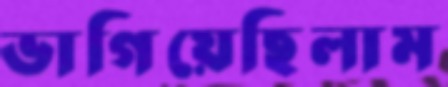
ভাগিয়েছিলাম